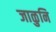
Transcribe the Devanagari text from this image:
जाळुनि